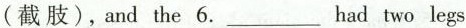
（截肢）,and the 6.___ had two legs